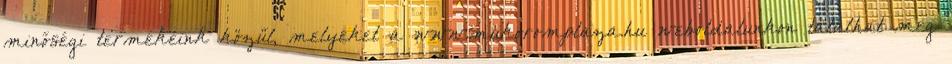
minőségi termékeink közül, melyeket a www.mukoromplaza.hu weboldalunkon találhat meg